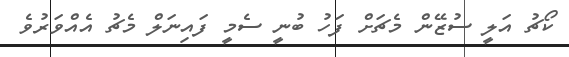
ކޯޗު އަލީ ސުޒޭން މެޗަށް ފަހު ބުނީ ސެމީ ފައިނަލް މެޗު އެއްވަރުވެ